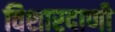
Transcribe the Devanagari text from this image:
विशारदाणी